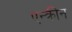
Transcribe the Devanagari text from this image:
एन्क्रीन